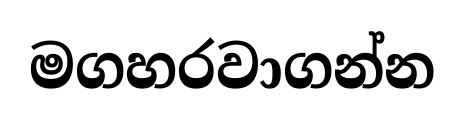
මගහරවාගන්න